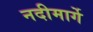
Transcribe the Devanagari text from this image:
नदीमार्गे